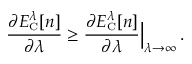
\frac { \partial E _ { \scriptscriptstyle \mathrm { C } } ^ { \lambda } [ n ] } { \partial \lambda } \geq \frac { \partial E _ { \scriptscriptstyle \mathrm { C } } ^ { \lambda } [ n ] } { \partial \lambda } \Bigr | _ { \lambda \to \infty } \, .